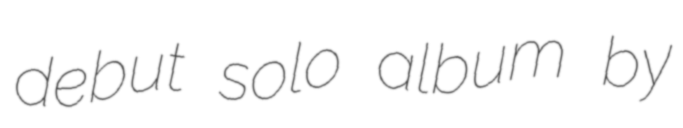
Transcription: debut solo album by